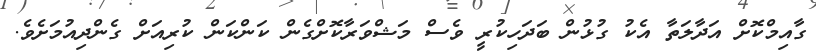
ގާއިމްކޮށް އަދާލަތާ އެކު ގުޅުން ބަދަހިކުރީ ވެސް މަޝްވަރާކޮށްގެން ކަންކަން ކުރިއަށް ގެންދިއުމަށެވެ.